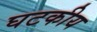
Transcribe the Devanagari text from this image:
घटकीय